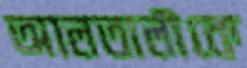
আলতালীকে